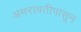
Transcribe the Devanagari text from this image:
अमरावतीपासून